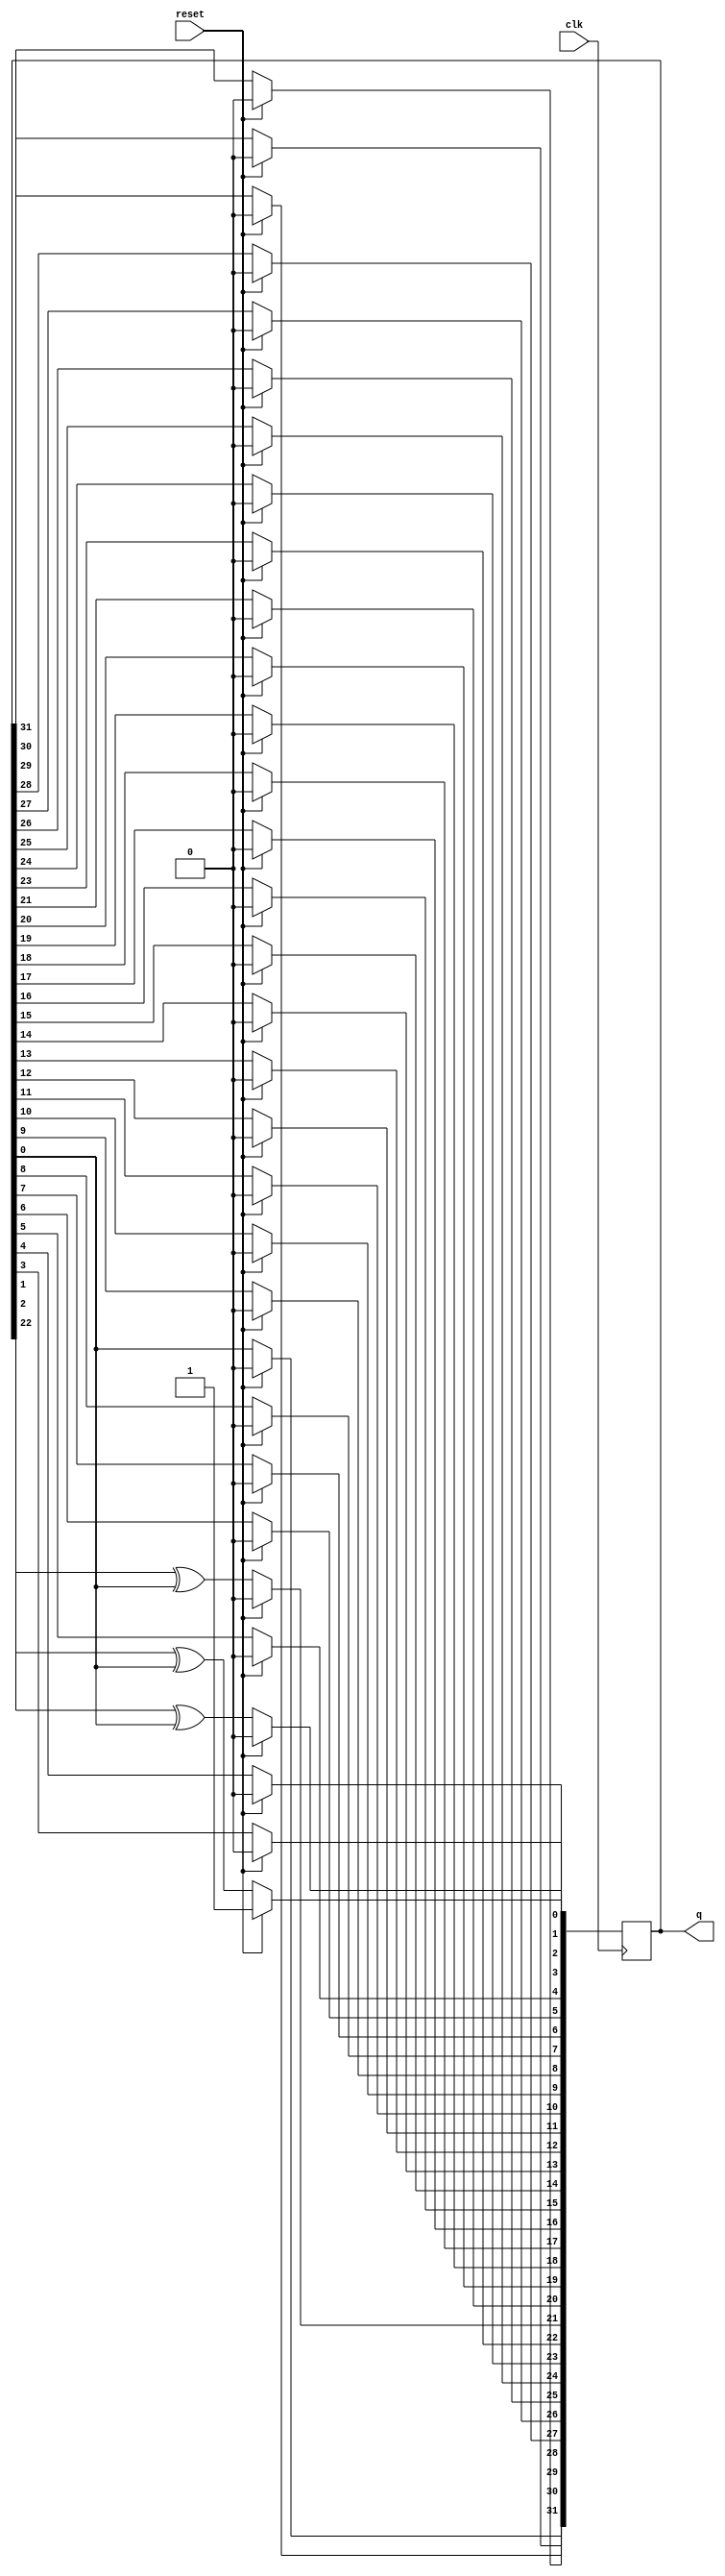
module top_module(
    input clk,
    input reset,    // Active-high synchronous reset to 32'h1
    output [31:0] q
);
    integer i;
    
    always @(posedge clk) begin
        if(reset) q <= 32'h1;
        else begin
            for(i=0; i<32; i++) begin
                if(i == 0| i==1 | i==21) q[i] <= q[i+1] ^ q[0];
                else if(i == 31) q[i] <= q[0] ^ 1'b0;
                else q[i] <= q[i+1];       
            end     
        end
    end

endmodule